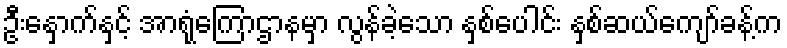
ဦးနှောက်နှင့် အာရုံကြောဌာနမှာ လွန်ခဲ့သော နှစ်ပေါင်း နှစ်ဆယ်ကျော်ခန့်က